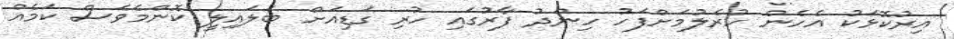
އިރުކޮޅަކު އެހެން ހުރެލުމަށްފަހު ހިންދު ފާރުގައި ހުރި ގަޑިއަށް ބަލައިލީ ކޮންމެވެސް ކަމެއް